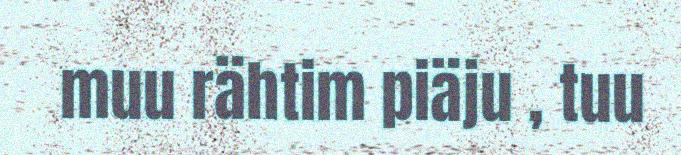
muu rähtim piäju , tuu